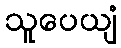
သူပေယျံ